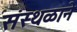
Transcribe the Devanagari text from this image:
संस्थळाने